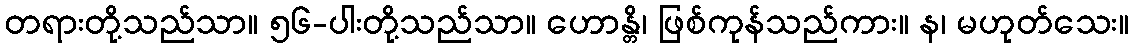
တရားတို့သည်သာ။ ၅၆-ပါးတို့သည်သာ။ ဟောန္တိ၊ ဖြစ်ကုန်သည်ကား။ န၊ မဟုတ်သေး။